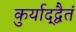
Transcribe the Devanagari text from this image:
कुर्याद्द्वैतं